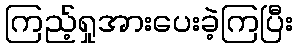
ကြည့်ရှုအားပေးခဲ့ကြပြီး